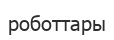
роботтары